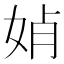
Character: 𡜕